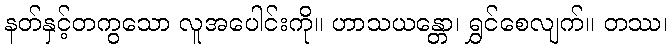
နတ်နှင့်တကွသော လူအပေါင်းကို။ ဟာသယန္တော၊ ရွှင်စေလျက်။ တဿ၊